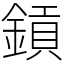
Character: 𨫋